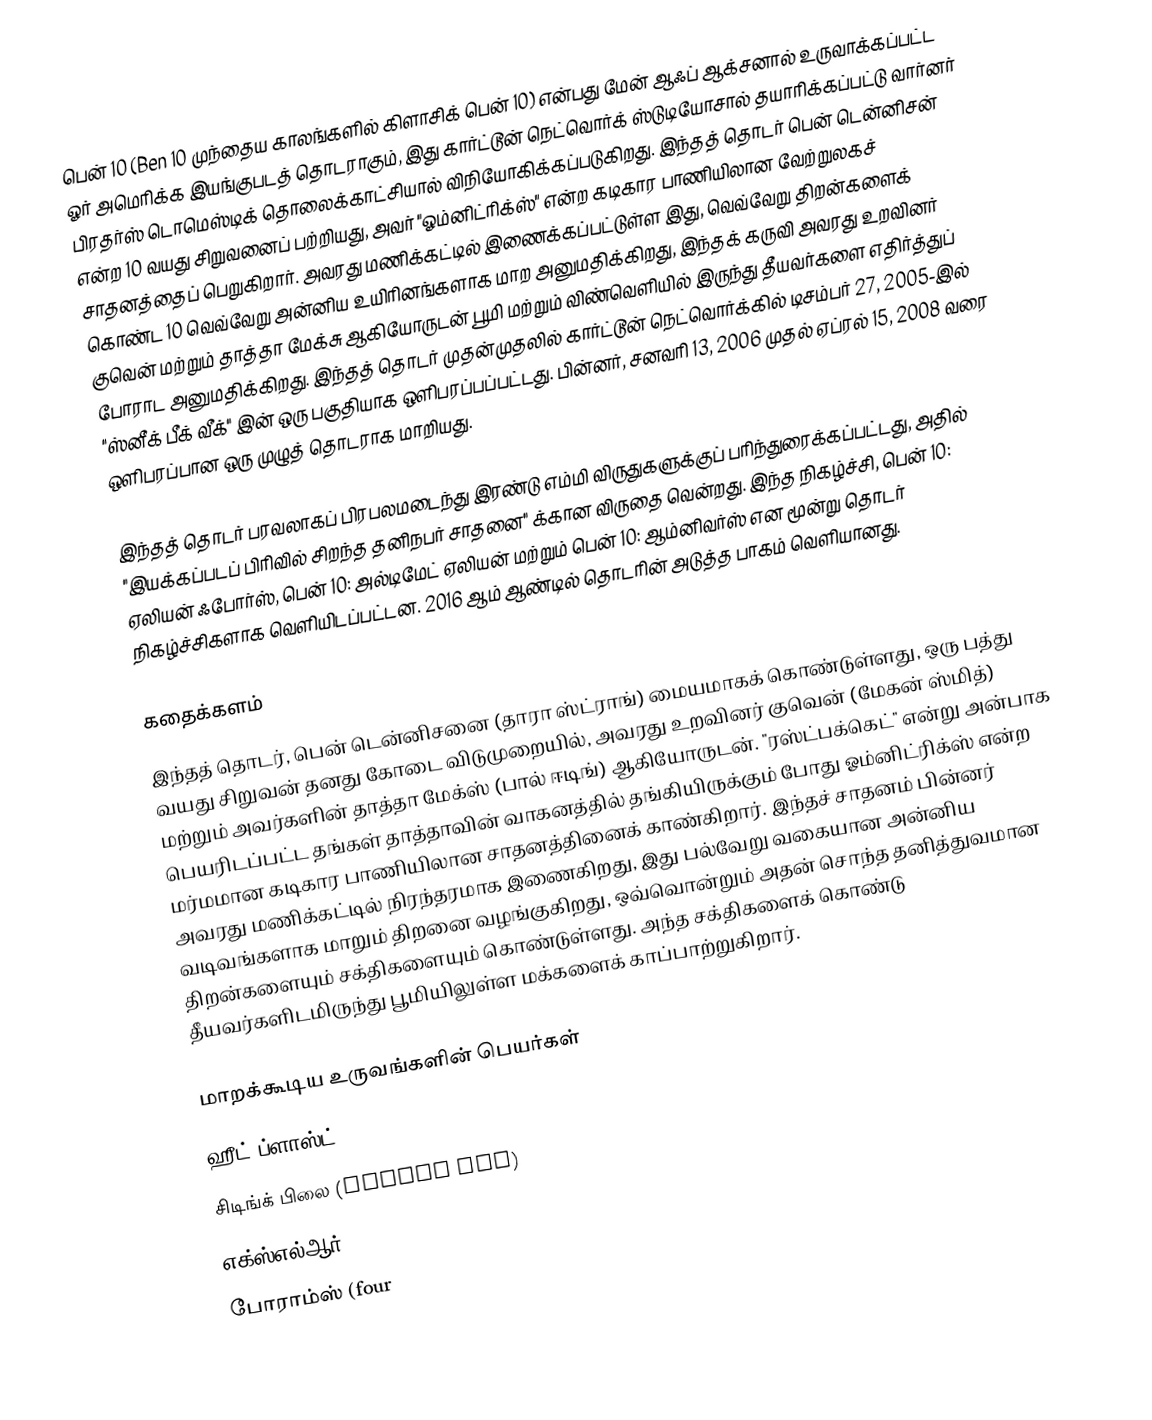
பென் 10 (Ben 10 முந்தைய காலங்களில் கிளாசிக் பென் 10) என்பது மேன் ஆஃப் ஆக்சனால் உருவாக்கப்பட்ட ஓர் அமெரிக்க இயங்குபடத் தொடராகும், இது கார்ட்டூன் நெட்வொர்க் ஸ்டுடியோசால் தயாரிக்கப்பட்டு வார்னர் பிரதர்ஸ் டொமெஸ்டிக் தொலைக்காட்சியால் விநியோகிக்கப்படுகிறது. இந்தத் தொடர் பென் டென்னிசன் என்ற 10 வயது சிறுவனைப் பற்றியது, அவர் "ஓம்னிட்ரிக்ஸ்" என்ற கடிகார பாணியிலான வேற்றுலகச் சாதனத்தைப் பெறுகிறார். அவரது மணிக்கட்டில் இணைக்கப்பட்டுள்ள இது, வெவ்வேறு திறன்களைக் கொண்ட 10 வெவ்வேறு அன்னிய உயிரினங்களாக மாற அனுமதிக்கிறது, இந்தக் கருவி அவரது உறவினர் குவென் மற்றும் தாத்தா மேக்சு ஆகியோருடன் பூமி மற்றும் விண்வெளியில் இருந்து தீயவர்களை எதிர்த்துப் போராட அனுமதிக்கிறது. இந்தத் தொடர் முதன்முதலில் கார்ட்டூன் நெட்வொர்க்கில் டிசம்பர் 27, 2005-இல் "ஸ்னீக் பீக் வீக்" இன் ஒரு பகுதியாக ஒளிபரப்பப்பட்டது. பின்னர், சனவரி 13, 2006 முதல் ஏப்ரல் 15, 2008 வரை ஒளிபரப்பான ஒரு முழுத் தொடராக மாறியது.

இந்தத் தொடர் பரவலாகப் பிரபலமடைந்து இரண்டு எம்மி விருதுகளுக்குப் பரிந்துரைக்கப்பட்டது, அதில்  "இயக்கப்படப் பிரிவில் சிறந்த தனிநபர் சாதனை" க்கான விருதை வென்றது. இந்த நிகழ்ச்சி, பென் 10: ஏலியன் ஃபோர்ஸ், பென் 10: அல்டிமேட் ஏலியன் மற்றும் பென் 10: ஆம்னிவர்ஸ் என மூன்று தொடர் நிகழ்ச்சிகளாக வெளியிடப்பட்டன. 2016 ஆம் ஆண்டில் தொடரின் அடுத்த பாகம் வெளியானது.

கதைக்களம்
இந்தத் தொடர், பென் டென்னிசனை (தாரா ஸ்ட்ராங்) மையமாகக் கொண்டுள்ளது, ஒரு பத்து வயது சிறுவன் தனது கோடை விடுமுறையில், அவரது உறவினர் குவென் (மேகன் ஸ்மித்) மற்றும் அவர்களின் தாத்தா மேக்ஸ் (பால் ஈடிங்) ஆகியோருடன். "ரஸ்ட்பக்கெட்" என்று அன்பாக பெயரிடப்பட்ட தங்கள் தாத்தாவின் வாகனத்தில் தங்கியிருக்கும் போது ஓம்னிட்ரிக்ஸ் என்ற மர்மமான கடிகார பாணியிலான சாதனத்தினைக் காண்கிறார். இந்தச் சாதனம் பின்னர் அவரது மணிக்கட்டில் நிரந்தரமாக இணைகிறது, இது பல்வேறு வகையான அன்னிய வடிவங்களாக மாறும் திறனை வழங்குகிறது, ஒவ்வொன்றும் அதன் சொந்த தனித்துவமான திறன்களையும் சக்திகளையும் கொண்டுள்ளது. அந்த சக்திகளைக் கொண்டு தீயவர்களிடமிருந்து பூமியிலுள்ள மக்களைக் காப்பாற்றுகிறார்.

மாறக்கூடிய உருவங்களின் பெயர்கள்
ஹீட் ப்ளாஸ்ட் (heat blast)
சிடிங்க் பிலை (strink fly)
எக்ஸ்எல்ஆர்8 (XLR8)
போராம்ஸ் (four